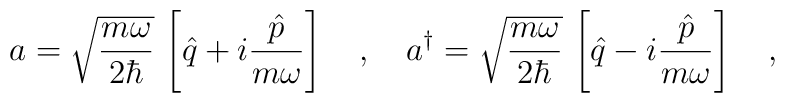
a=\sqrt{\frac{m\omega}{2\hbar}}\,\left[\hat{q}+i\frac{\hat{p}}{m\omega}\right]\ \ \ ,\ \ \ a^\dagger=\sqrt{\frac{m\omega}{2\hbar}}\,\left[\hat{q}-i\frac{\hat{p}}{m\omega}\right]\ \ \ ,\ \ \